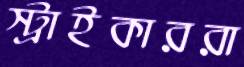
স্ট্রাইকাররা